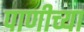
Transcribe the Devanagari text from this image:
पाणीच्या